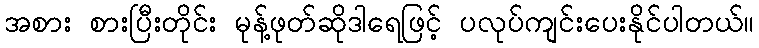
အစား စားပြီးတိုင်း မုန့်ဖုတ်ဆိုဒါရေဖြင့် ပလုပ်ကျင်းပေးနိုင်ပါတယ်။